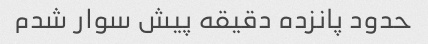
حدود پانزده دقیقه پیش سوار شدم